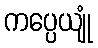
ကပ္ပေယျုံ